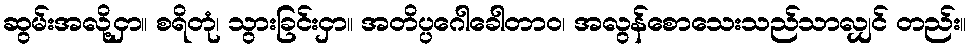
ဆွမ်းအလို့ငှာ။ စရိတုံ၊ သွားခြင်းငှာ။ အတိပ္ပဂေါခေါတာဝ၊ အလွန်စောသေးသည်သာလျှင် တည်း။